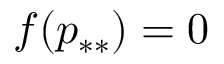
f ( p _ { * * } ) = 0